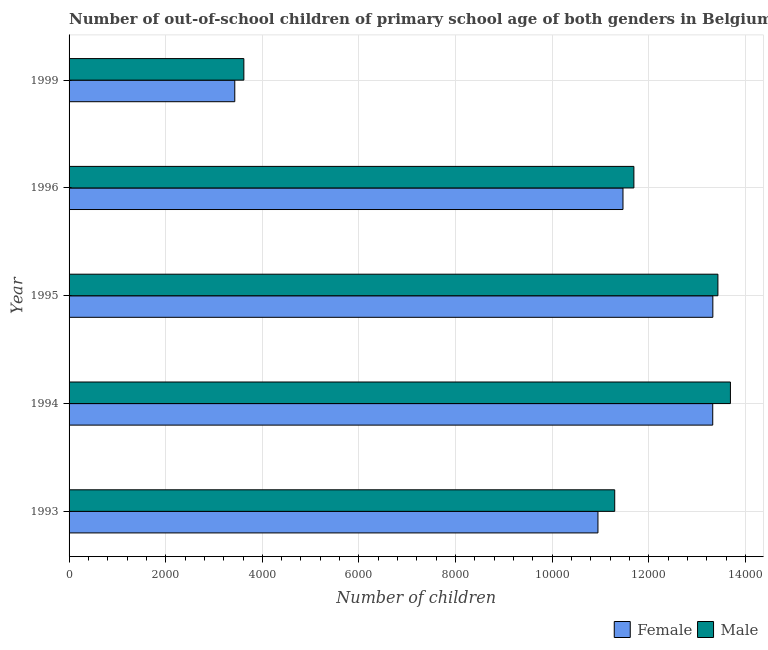
| Year | Female | Male |
 | --- | --- | --- |
 | 1993 | 1.09e+04 | 1.13e+04 |
 | 1994 | 1.33e+04 | 1.37e+04 |
 | 1995 | 1.33e+04 | 1.34e+04 |
 | 1996 | 1.15e+04 | 1.17e+04 |
 | 1999 | 3.43e+03 | 3.62e+03 |